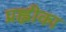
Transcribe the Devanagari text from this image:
प्रह्लीका